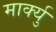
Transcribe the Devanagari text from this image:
मार्क्यु